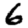
Digit: 6